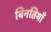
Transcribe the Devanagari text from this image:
बिनतियाँ